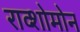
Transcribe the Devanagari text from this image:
राव्शोमोन